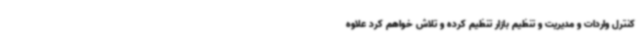
کنترل واردات و مدیریت و تنظیم بازار تنظیم کرده و تلاش خواهم کرد علاوه